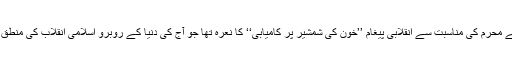
/ امام خمینی کا اس سال کے محرم کی مناسبت سے انقلابی پیغام ’’خون کی شمشیر پر کامیابی‘‘ کا نعرہ تها جو آج کی دنیا کے روبرو اسلامی انقلاب کی منطق کے عنوان سے سامنے آیا۔